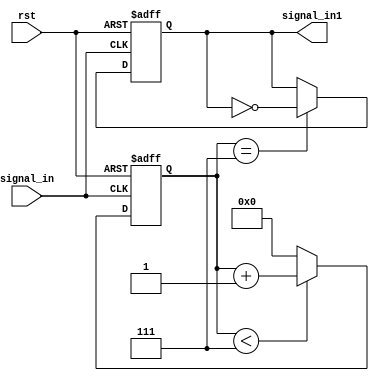
module Signal_in_div_module
(
	input signal_in,
	input rst,
	output signal_in1
);

reg[31:0]cnt;
reg signal_in1_reg;

assign signal_in1 = signal_in1_reg;

always@(posedge signal_in or negedge rst)
begin
	if (!rst)
	begin
		cnt <= 0;
		signal_in1_reg <= 0;
	end
	else
	begin
		cnt <= (cnt < 8 - 1) ? (cnt + 1) : 0;//16
		if (cnt == 8 - 1)
		begin
			signal_in1_reg <= ~signal_in1_reg;
		end
	end
end

endmodule